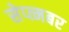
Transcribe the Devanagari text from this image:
सेप्त्मबर